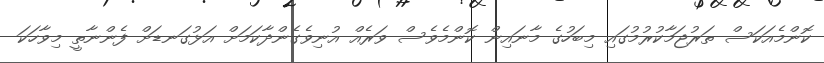
ކޮންމެއަކަސް ތަރުޖަމާކުރުމުގައި މިބަހުގެ މާނައިން ކޮންމެވެސް ވަރެއް އުނިވެގެންދާކަމަށް އަޅުގަނޑަށް ފެންނާތީ މިވާހަކަ